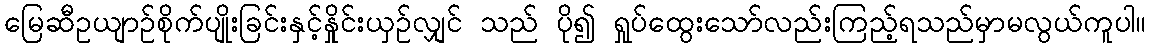
မြေဆီဥယျာဉ်စိုက်ပျိုးခြင်းနှင့်နှိုင်းယှဉ်လျှင် သည် ပို၍ ရှုပ်ထွေးသော်လည်းကြည့်ရသည်မှာမလွယ်ကူပါ။